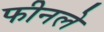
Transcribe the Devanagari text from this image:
फीनले